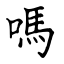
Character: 嗎